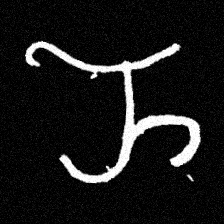
Pyu character \u2014 Myanmar letter: ည (romanized: nya)